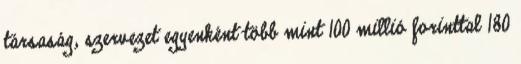
társaság, szervezet egyenként több mint 100 millió forinttal 180